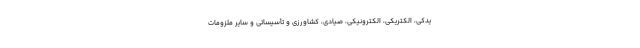
یدکی، الکتریکی، الکترونیکی، صیادی، کشاورزی و تأسیساتی و سایر ملزومات